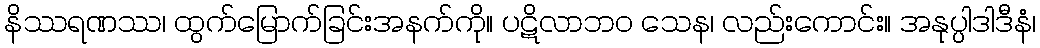
နိဿရဏဿ၊ ထွက်မြောက်ခြင်းအနက်ကို။ ပဋိလာဘဝ သေန၊ လည်းကောင်း။ အနုပ္ပါဒါဒီနံ၊